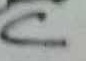
Text: C